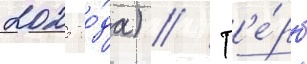
2025 го́да) // Г'е́рб